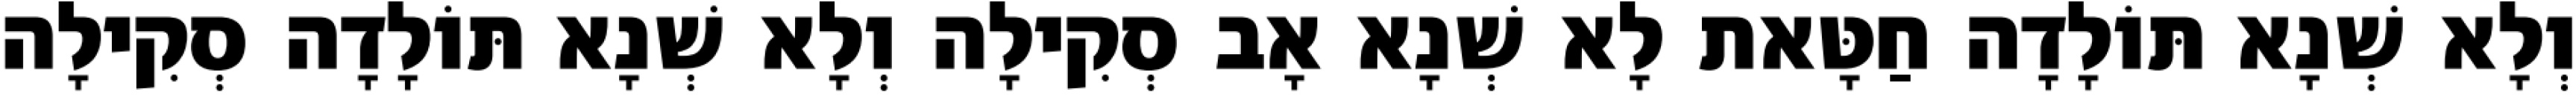
וְלָא שְׁנָא תּוֹלָדָה חַטָּאת לָא שְׁנָא אָב סְקִילָה וְלָא שְׁנָא תּוֹלָדָה סְקִילָה